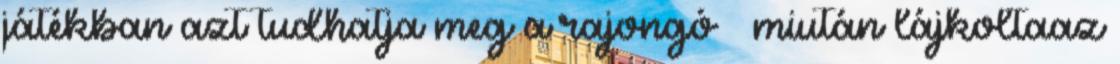
játékban azt tudhatja meg a rajongó — miután lájkoltaaz